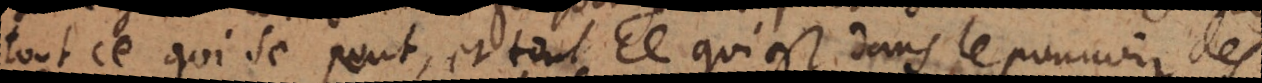
tout ce qui se peut, et tout ce qui est dans le pouvoir des